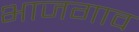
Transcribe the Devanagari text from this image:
भाजगाव